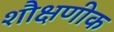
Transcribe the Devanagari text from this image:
शौक्षणीक